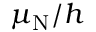
\mu _ { \mathrm { { N } } } / h